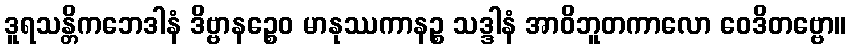
ဒူရသန္တိကဘေဒါနံ ဒိဗ္ဗာနဉ္စေဝ မာနုဿကာနဉ္စ သဒ္ဒါနံ အာဝိဘူတကာလော ဝေဒိတဗ္ဗော။